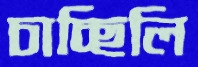
চাচ্ছিলি